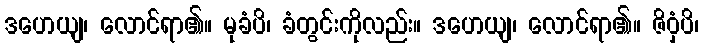
ဒဟေယျ၊ လောင်ရာ၏။ မုခံပိ၊ ခံတွင်းကိုလည်း။ ဒဟေယျ၊ လောင်ရာ၏။ ဇိဝှံပိ၊